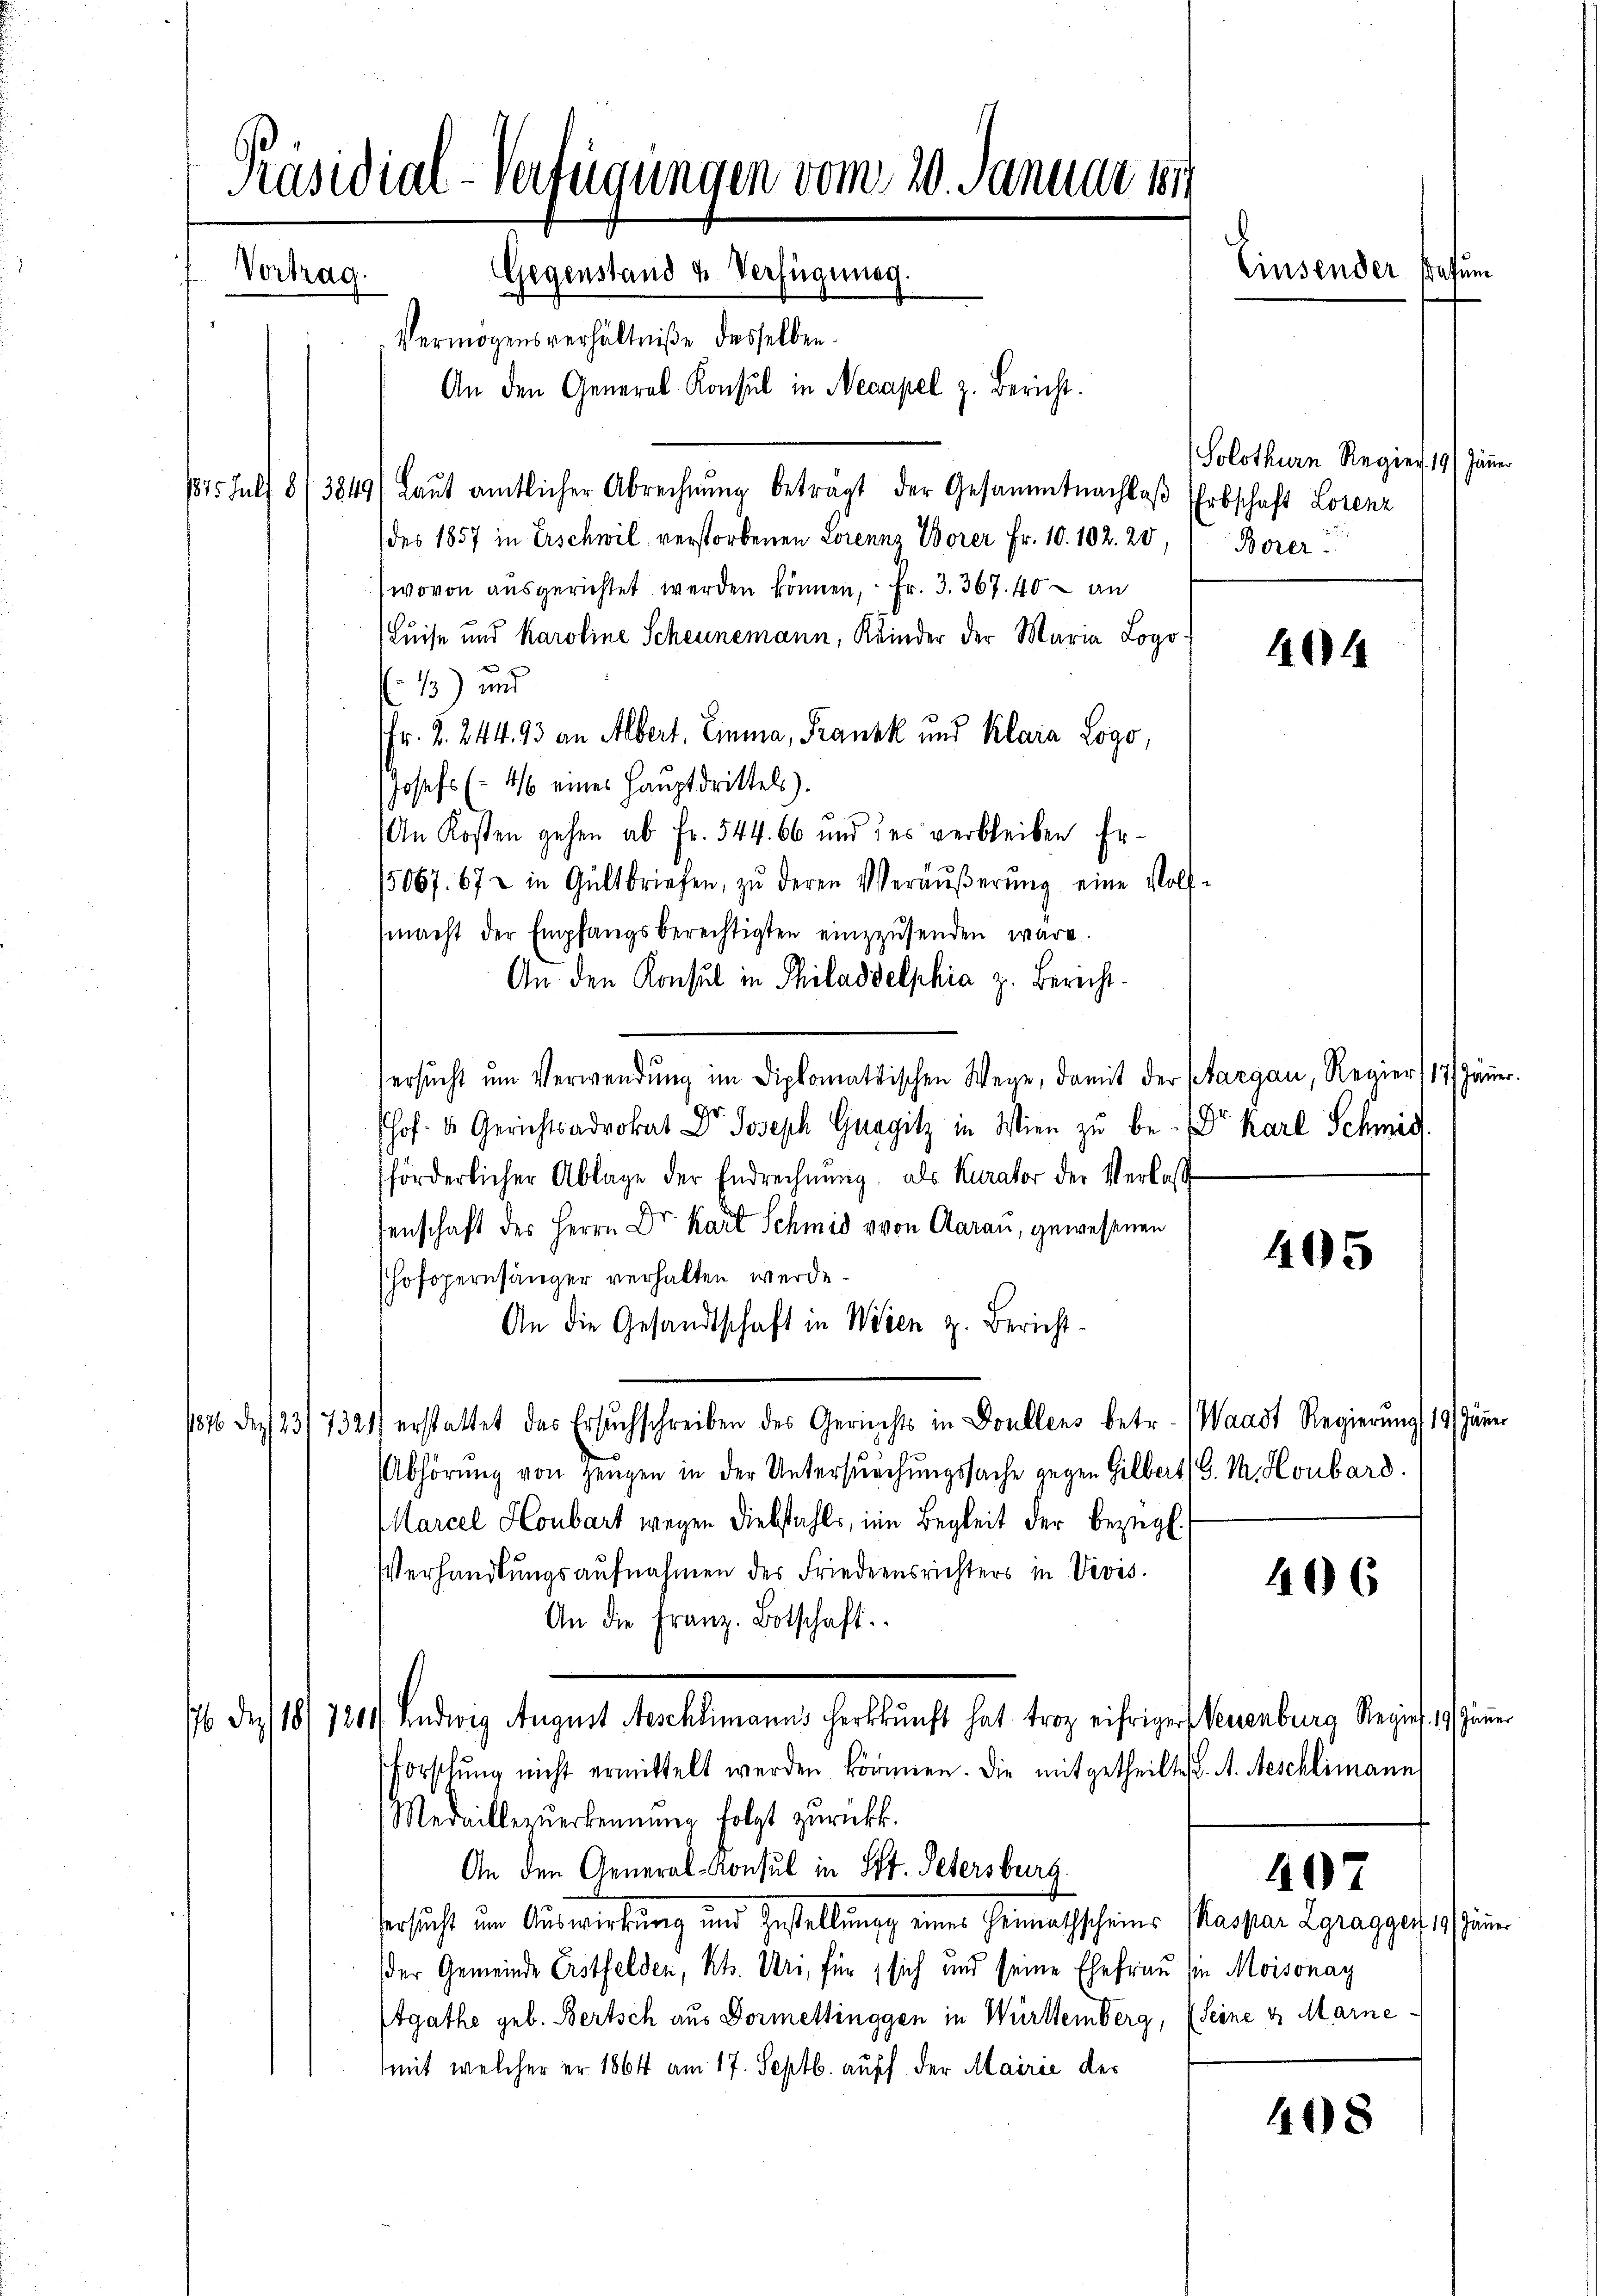
Präsidial-Verfügungen vom 20. Januar 1891
Einsender stehun
Vortrag.
Gegenstand & Verfügungs
Vermögensverhältniße desselben.

An den General-Konsul in Necapel z. Bericht.
1875 Julf 8/3849/ Laŭt amtlicher Abrechnŭng betragt der Gesammtnachlaβ Erbschaft Lorenz
(des 1857 in Erschwil verstorbenen Lorenz Borer Fr. 10. 102. 20,
wovon ausgerichtet werden können, Fr. 3. 367. 40 – an
Luise und Karoline Scheunemann, Kinder der Maria Logo
13) und
Fr. 2. 244. 93 an Albert, Einma, Frank und Klara Logo,
Josefs (4/6 eines Hauptdrittels).
An Kosten gehen ab Fr. 544. 66 und des verbleiben Er¬
15067. 67 in Gültbriefen, zŭ deren Veräŭβerŭng eine Voll-
macht der Empfangsberechtigten einzusenden wäre.
An den Konsul in Philaddelphia z. Bericht.
ersŭcht ŭm Verwendung im Diplomatischen Wege, damit der Margau, Regier, 17. Jänner.
shof u. Gerichtsadrokat Dr. Joseph Gnagitz in Wien zu be- Dr. Karl Schmid
förderlicher Ablage der Endrechnung, als Kurator der Verlas
senschaft der Herrn Dr. Karl Schmid von Aarau, gewesenen
Hofopernsänger verhalten werde.
An die Gesandtschaft in Wien z. Bericht¬
1876 des 23/7321) erstattet das Ersuchschreiben des Gerichts in Doullens betr. (Waadt Regierŭng 19 Jäner
Abhörŭng von Zeugen in der Untersŭchŭngssache gegen Gilbert /. M. Hombard.
Marcel Honbart wegen Diebstahls, ein Begleit der bezügl.
Verhandlungsaufnahmen des Friedensrichters in Vevis
An die Franz. Botschaft.
176 des (18/7201) Ludwig August Aeschlimanns Herkkunft hat trop eifriger Neuenburg Regies. 19. Jänner
Forschŭng nicht ermittelt werden können. Die mitgetheilte V. A. Aeschlimann
Medaillezŭerkennung folgt zurückk.
An den General-Konsul in St. Petersburg
Versucht um Auswirkung und Zustellung eines Heimathscheins Kaspar Zgragger 19 Jänn
der Gemeinde Erstfelden, Kt. Uri, für sich und seine Ehefrau sie Moisonay
Etgathe geb. Bertsch aus Vormettinggen in Württemberg, (Seine & Marnemit welcher er 1864 am 17. Septb. auff der Mairie des

Solothurn Regien 19/ Jänner
Borer

404

405

406

407

408